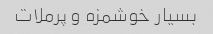
بسیار خوشمزه و پرملات